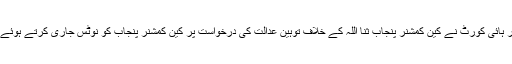
21 مئی2018ء) لاہور ہائی کورٹ نے کین کمشنر پنجاب ثنا اللہ کے خلاف توہین عدالت کی درخواست پر کین کمشنر پنجاب کو نوٹس جاری کرتے ہوئے جواب طلب کر لیا ہے۔